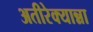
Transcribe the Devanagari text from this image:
अतीरेक्यान्ना